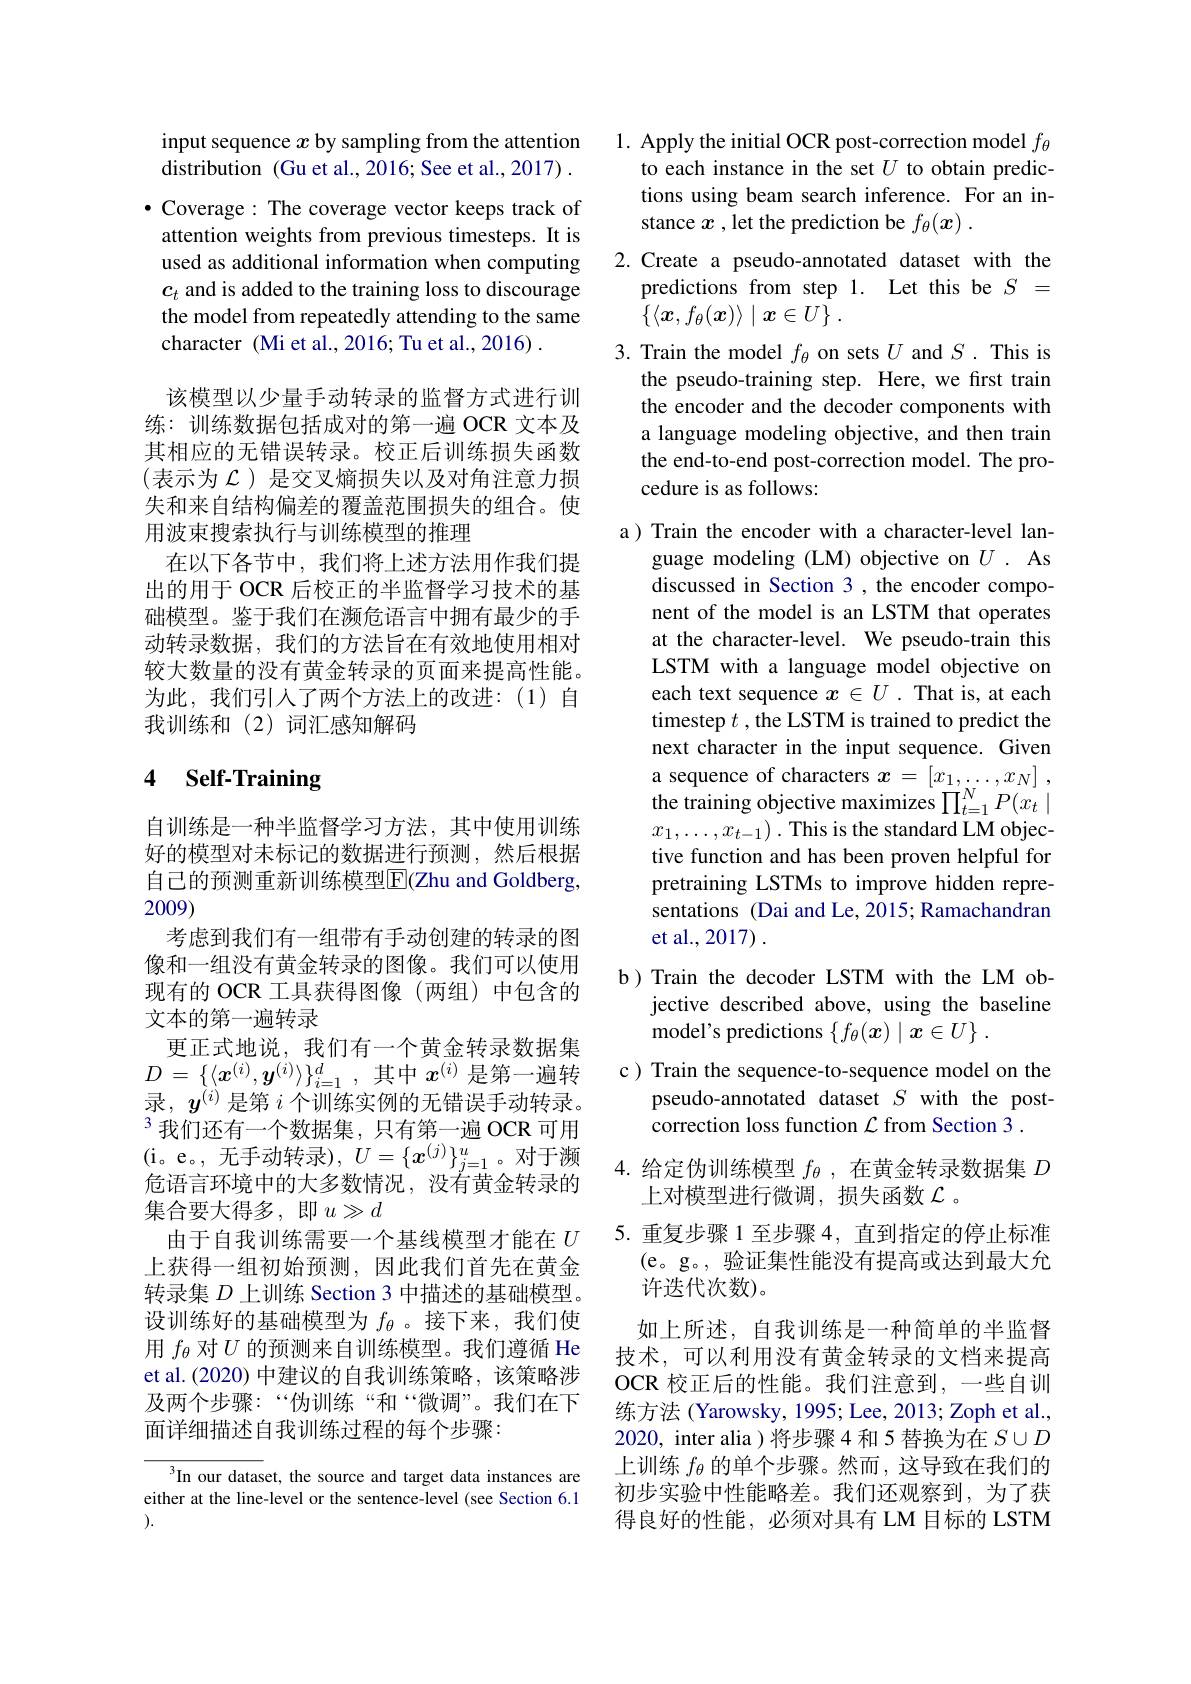
input sequence $x$ by sampling from the attention distribution (Gu et al., 2016; See et al., 2017) . $\bullet$ Coverage: The coverage vector keeps track of attention weights from previous timesteps. It is used as additional information when computing $c_t$ and is added to the training loss to discourage the model from repeatedly attending to the same character (Mi et al.,2016; Tu et al.,2016) .
该模型以少量手动转录的监督方式进行训练：训练数据包括成对的第一遍 OCR 文本及其相应的无错误转录。校正后训练损失函数(表示为 $\mathcal{L})$ 是交叉熵损失以及对角注意力损失和来自结构偏差的覆盖范围损失的组合。使用波束搜索执行与训练模型的推理
在以下各节中，我们将上述方法用作我们提出的用于 OCR 后校正的半监督学习技术的基础模型。鉴于我们在濒危语言中拥有最少的手动转录数据，我们的方法旨在有效地使用相对较大数量的没有黄金转录的页面来提高性能。为此，我们引入了两个方法上的改进：(1)自我训练和(2)词汇感知解码

## 4 Self-Training

自训练是一种半监督学习方法，其中使用训练好的模型对未标记的数据进行预测，然后根据自己的预测重新训练模型$\overline{\mathrm{E}}$(Zhu and Goldberg, 2009)
考虑到我们有一组带有手动创建的转录的图像和一组没有黄金转录的图像。我们可以使用现有的 OCR 工具获得图像(两组)中包含的文本的第一遍转录
更正式地说，我们有一个黄金转录数据集$D=\{\langle\boldsymbol{x}^{(i)},\boldsymbol{y}^{(i)}\rangle\}_{i=1}^d$,其中$x^(i)$是第一遍转录，$y^{(i)}$是第$i$个训练实例的无错误手动转录。$^{3}$我们还有一个数据集，只有第一遍 OCR 可用(i。e。,无手动转录)$,U=\{\boldsymbol{x}^{(j)}\}_{j=1}^u$。对于濒危语言环境中的大多数情况，没有黄金转录的集合要大得多，即$u\gg d$
由于自我训练需要一个基线模型才能在$U$ 上获得一组初始预测，因此我们首先在黄金转录集$D$上训练 Section 3 中描述的基础模型。设训练好的基础模型为$f_\theta$ 。接下来，我们使用$f_{\theta}$对$U$的预测来自训练模型。我们遵循 He et al.(2020) 中建议的自我训练策略，该策略涉及两个步骤：“伪训练“和“微调”。我们在下面详细描述自我训练过程的每个步骤：

In our dataset, the source and target data instances are either at the line-level or the sentence-level (see Section 6.1 ).

1. Apply the initial OCR post-correction model $f_{\theta}$
to each instance in the set $U$ to obtain predictions using beam search inference. For an instance $x$ , let the prediction be $f_\theta(\boldsymbol{x}).$
2.Create a pseudo-annotated dataset with the
predictions from step 1. Let this be $S=$
$\{ \langle \boldsymbol{x}, f_\theta ( \boldsymbol{x}) \rangle \mid \boldsymbol{x}\in U\}$ .
3. Train the model $f_\theta$ on sets $U$ and $S.$ This is
the pseudo-training step. Here, we first train the encoder and the decoder components with a language modeling objective, and then train the end-to-end post-correction model. The procedure is as follows:

a) Train the encoder with a character-level lan-
guage modeling (LM) objective on $U.$ As discussed in Section 3 ,the encoder component of the model is an LSTM that operates at the character-level. We pseudo-train this LSTM with a language model objective on each text sequence $x\in U$ .That is, at each timestep $t$ , the LSTM is trained to predict the next character in the input sequence. Given a sequence of characters $x= [ x_1, \ldots , x_N]$ , the training objective maximizes $\prod_{t=1}^NP(x_t\mid$ $x_1,\ldots,x_{t-1}).$ This is the standard LM objective function and has been proven helpful for pretraining LSTMs to improve hidden representations (Dai and Le, 2015; Ramachandran et al., 2017) .

b)Train the decoder LSTM with the LM ob-
jective described above, using the baseline
model's predictions $\{ f_\theta ( \boldsymbol{x}) \mid \boldsymbol{x}\in U\}$ .
c) Train the sequence-to-sequence model on the
pseudo-annotated dataset $S$ with the post-
correction loss function $\mathcal{L}$ from Section 3 .
4.给定伪训练模型$f_\theta$,在黄金转录数据集$D$
上对模型进行微调，损失函数$\mathcal{L}$ 。
5.重复步骤1至步骤4，直到指定的停止标准
(e。g。,验证集性能没有提高或达到最大允
许迭代次数)。
如上所述，自我训练是一种简单的半监督技术，可以利用没有黄金转录的文档来提高OCR 校正后的性能。我们注意到，一些自训练方法 (Yarowsky, 1995; Lee, 2013; Zoph et al., 2020, inter alia )将步骤 4 和 5 替换为在$S\cup D$ 上训练$f_\theta$的单个步骤。然而，这导致在我们的初步实验中性能略差。我们还观察到，为了获得良好的性能，必须对具有 LM 目标的 LSTM